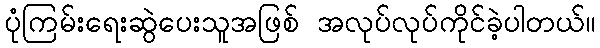
ပုံကြမ်းရေးဆွဲပေးသူအဖြစ် အလုပ်လုပ်ကိုင်ခဲ့ပါတယ်။